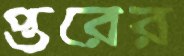
প্তরের